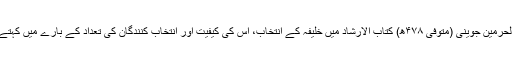
امام الحرمین جوینی (متوفی ۴۷۸ھ) کتاب الارشاد میں خلیفہ کے انتخاب، اس کی کیفیت اور انتخاب کنندگان کی تعداد کے بارے میں کہتے ہیں۔